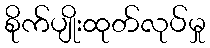
စိုက်ပျိုးထုတ်လုပ်မှု